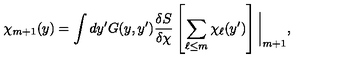
\chi _ { m + 1 } ( y ) = \int d y ^ { \prime } G ( y , y ^ { \prime } ) \frac { \delta S } { \delta \chi } \left[ \sum _ { \ell \leq m } \chi _ { \ell } ( y ^ { \prime } ) \right] \bigg | _ { m + 1 } ,